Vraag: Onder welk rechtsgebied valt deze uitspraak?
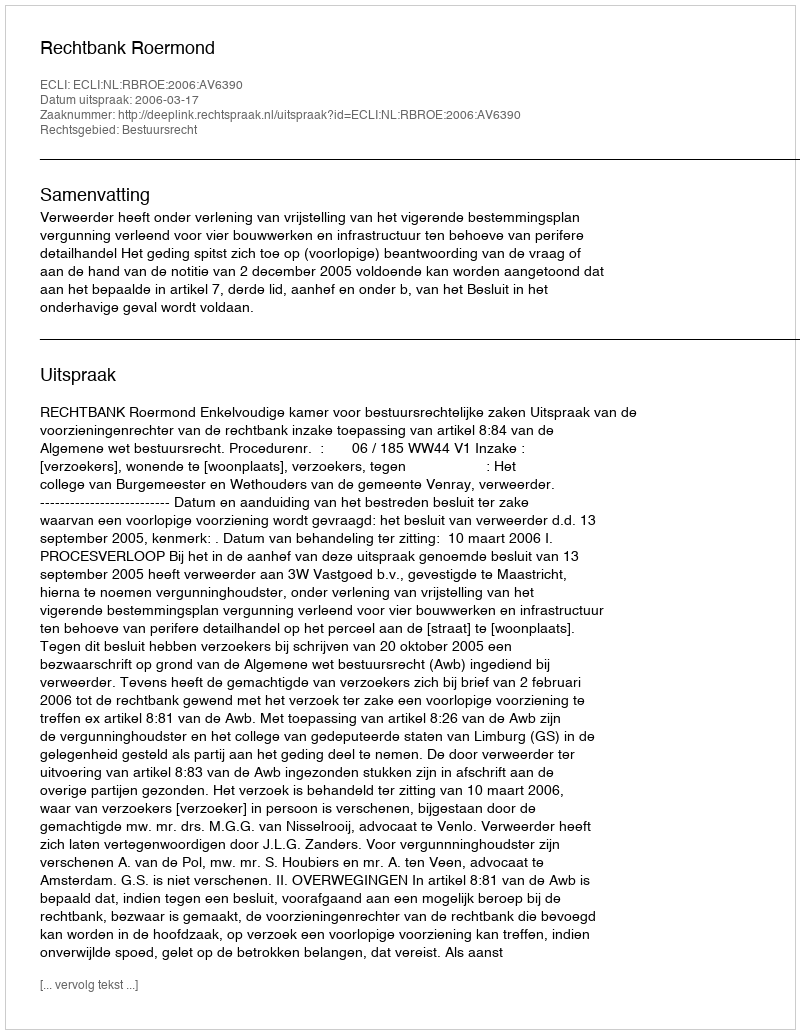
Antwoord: Bestuursrecht